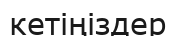
кетіңіздер